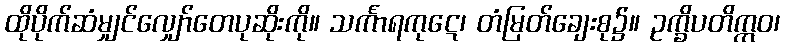
ထိုပိုက်ဆံမျှင်လျှော်တေပုဆိုးကို။ သင်္ကာရကုဋေ၊ တံမြတ်ချေးစု၌။ ဥက္ခိပတိဣဝ၊